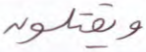
ويقتلون